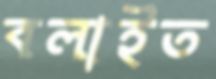
বলাইত